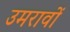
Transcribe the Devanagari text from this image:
उमरावों